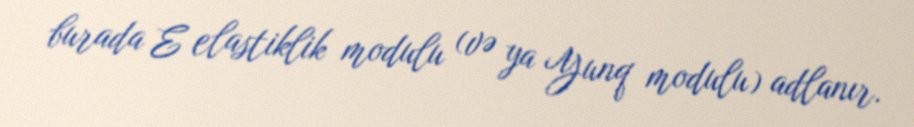
burada E elastiklik modulu (və ya Yunq modulu) adlanır.